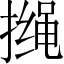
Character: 𱠰